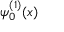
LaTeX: \psi _ { 0 } ^ { ( 1 ) } ( x )